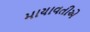
માયાવતીએ